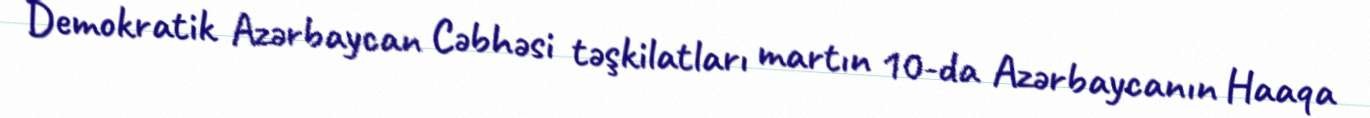
Demokratik Azərbaycan Cəbhəsi təşkilatları martın 10-da Azərbaycanın Haaqa